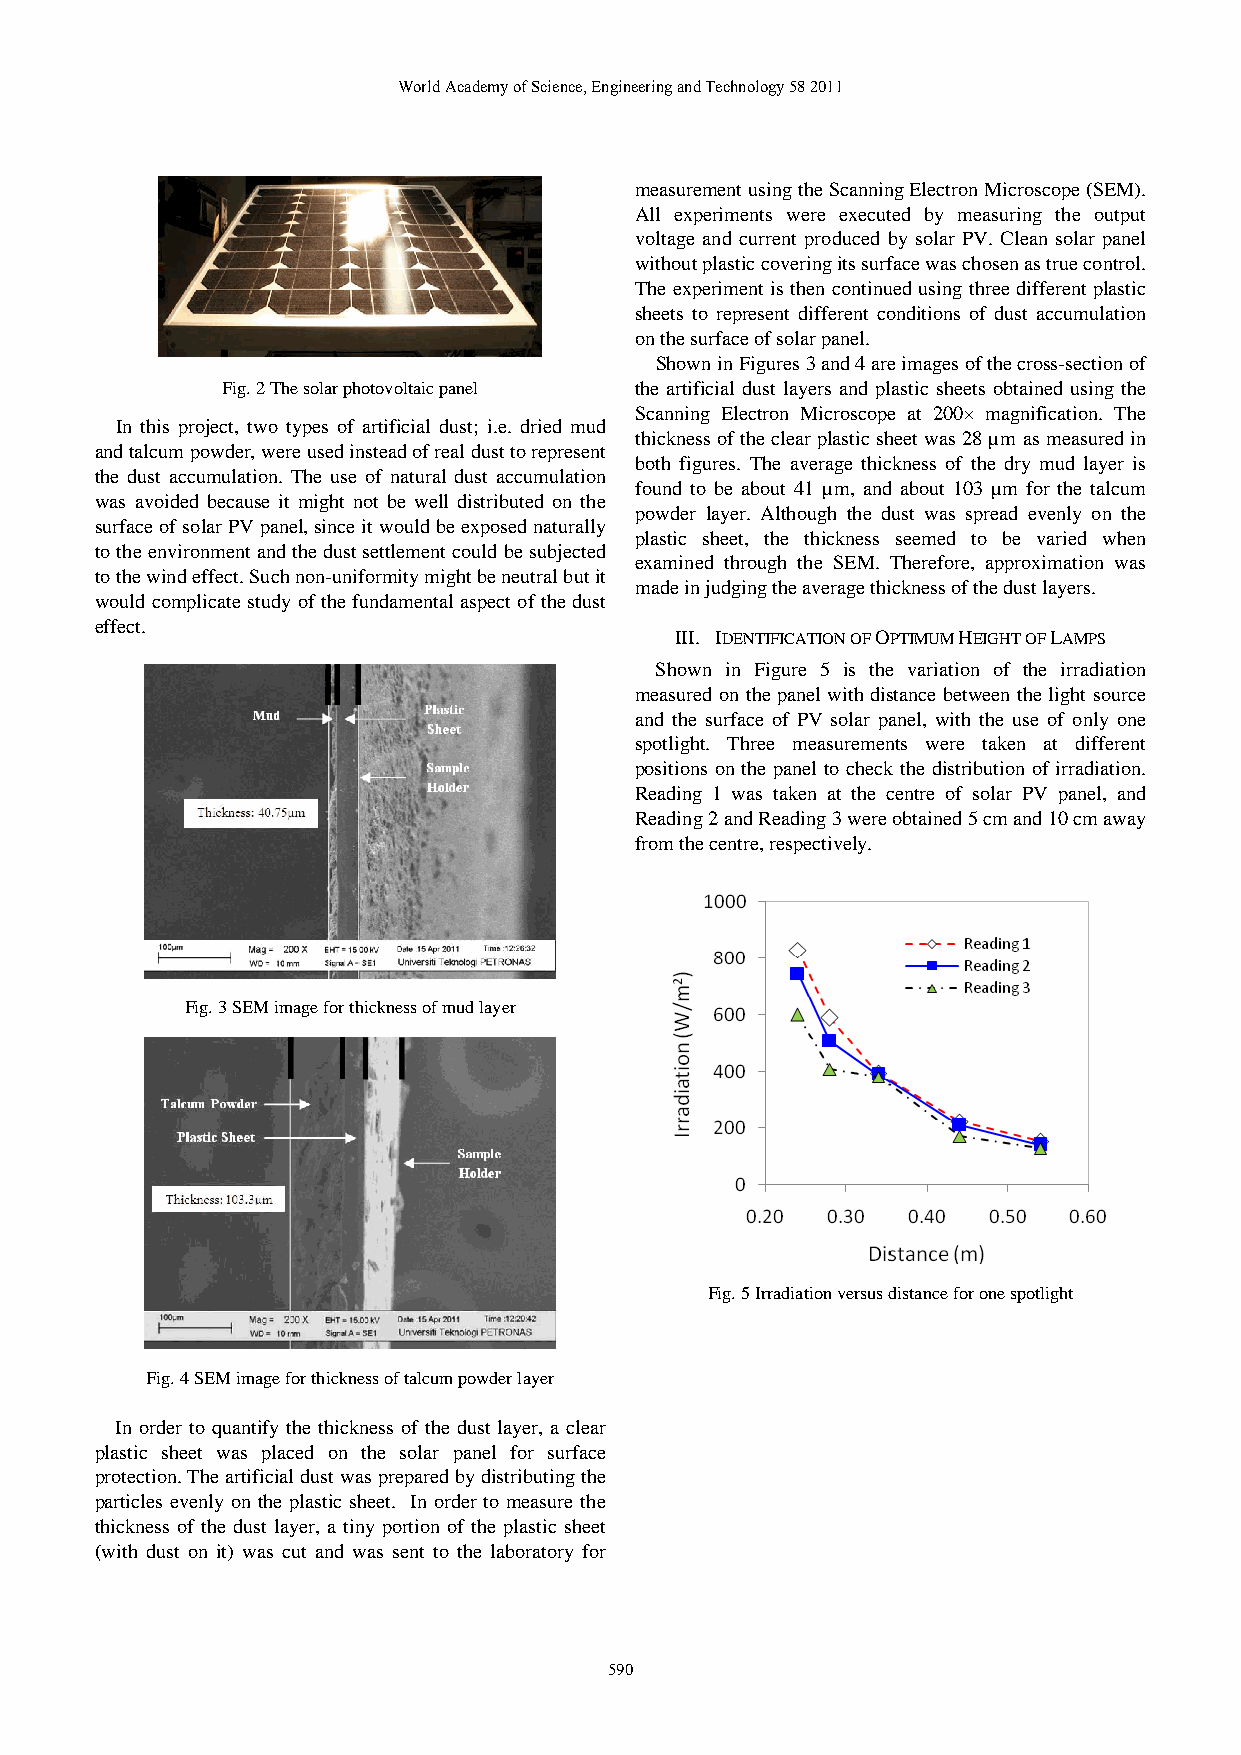
World Academy of Science, Engineering and Technology 58 2011
 measurement using the Scanning Electron Microscope (SEM).
 All experiments were executed by measuring the output
 voltage and current produced by solar PV. Clean solar panel
 without plastic covering its surface was chosen as true control.
 The experiment is then continued using three different plastic
 sheets to represent different conditions of dust accumulation
 on the surface of solar panel.
 Shown in Figures 3 and 4 are images of the cross-section of
 Fig. 2 The solar photovoltaic panel the artificial dust layers and plastic sheets obtained using the
 Scanning Electron Microscope at 200× magnification. The
 In this project, two types of artificial dust; i.e. dried mud
 thickness of the clear plastic sheet was 28 µm as measured in
 and talcum powder, were used instead of real dust to represent
 both figures. The average thickness of the dry mud layer is
 the dust accumulation. The use of natural dust accumulation
 found to be about 41 µm, and about 103 µm for the talcum
 was avoided because it might not be well distributed on the
 powder layer. Although the dust was spread evenly on the
 surface of solar PV panel, since it would be exposed naturally
 plastic sheet, the thickness seemed to be varied when
 to the environment and the dust settlement could be subjected
 examined through the SEM. Therefore, approximation was
 to the wind effect. Such non-uniformity might be neutral but it
 made in judging the average thickness of the dust layers.
 would complicate study of the fundamental aspect of the dust
 effect.
 III. IDENTIFICATION OF OPTIMUM HEIGHT OF LAMPS
 Shown in Figure 5 is the variation of the irradiation
 measured on the panel with distance between the light source
 and the surface of PV solar panel, with the use of only one
 spotlight. Three measurements were taken at different
 positions on the panel to check the distribution of irradiation.
 Reading 1 was taken at the centre of solar PV panel, and
 Reading 2 and Reading 3 were obtained 5 cm and 10 cm away
 from the centre, respectively.
 Fig. 3 SEM image for thickness of mud layer
 Fig. 5 Irradiation versus distance for one spotlight
 Fig. 4 SEM image for thickness of talcum powder layer
 In order to quantify the thickness of the dust layer, a clear
 plastic sheet was placed on the solar panel for surface
 protection. The artificial dust was prepared by distributing the
 particles evenly on the plastic sheet. In order to measure the
 thickness of the dust layer, a tiny portion of the plastic sheet
 (with dust on it) was cut and was sent to the laboratory for
 590